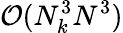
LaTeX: \mathcal O(N_{k}^{3}N^{3})